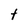
Character: t